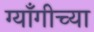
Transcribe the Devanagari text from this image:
ग्याँगीच्या